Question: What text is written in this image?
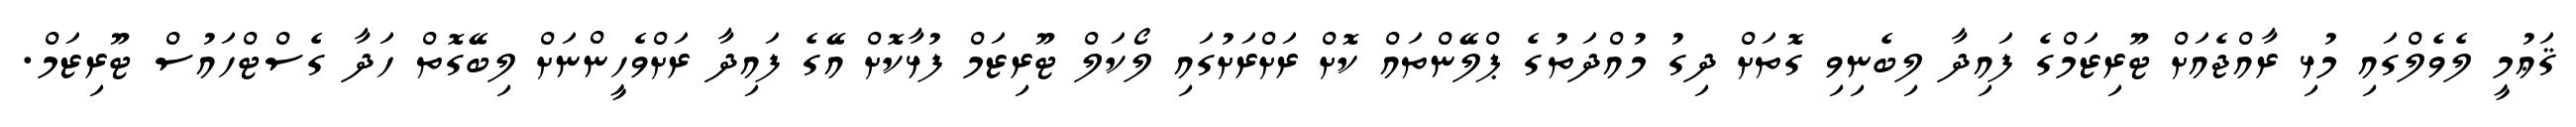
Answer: ޤަޢުމީ ލެވެލްގައި މުޅި ރާއްޖެއަށް ޓޫރިޒަމްގެ ފައިދާ ލިބެނިވި ގޮތަށް ދިގު މުއްދަތުގެ ޕްލޭންތައް ކޮށް ރަށްރަށުގައި ލޯކަލް ޓޫރިޒަމް ފުޅާކޮށް އޭގެ ފައިދާ ރަށްވެހީންނަށް ލިބޭގޮތް ހަދާ ގެސްޓްހައުސް ޓޫރިޒަމް.